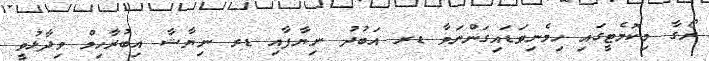
ރޯގާ މިކޮމެޓީގައި ހިމެނިވަޑައިގަންނަވާ ޑރ އަބުދު ނިޔާފާއި ޑރ ނިޔާޝާ އިބުރާހިމް ވިދާޅުވީ